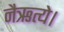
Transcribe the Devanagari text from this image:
नैऋत्ये।